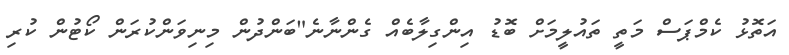
އަތޮޅު ކެމްޕަސް މަތީ ތައުލީމަށް ބޮޑު އިންގިލާބެއް ގެންނާނެ"ބަންދުން މިނިވަންކުރަން ކޯޓުން ކުރި